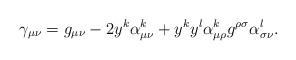
LaTeX: \begin{align*}\gamma_{\mu\nu} = g_{\mu\nu} - 2y^k\alpha^k_{\mu\nu} + y^ky^l\alpha^k_{\mu\rho}g^{\rho\sigma}\alpha^l_{\sigma\nu} .\end{align*}